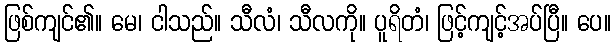
ဖြစ်ကျင်၏။ မေ၊ ငါသည်။ သီလံ၊ သီလကို။ ပူရိတံ၊ ဖြင့်ကျင့်အပ်ပြီ။ ပေ။